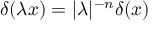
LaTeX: \delta ( \lambda x ) = | \lambda | ^ { - n } \delta ( x )